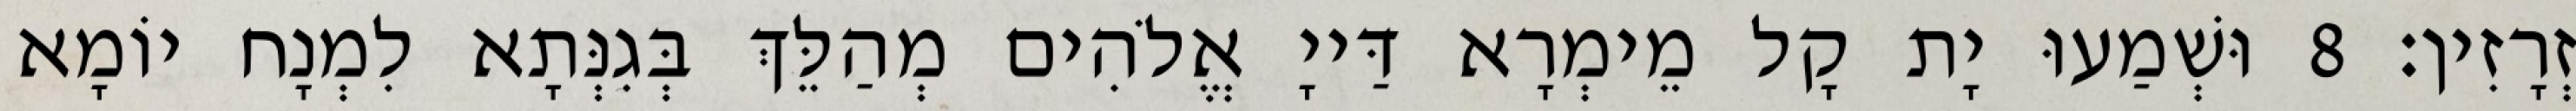
זְרָזִין׃ 8 וּשְׁמַעוּ יָת קָל מֵימְרָא דַּייָ אֱלֹהִים מְהַלֵּךְ בְּגִנְּתָא לִמְנָח יוֹמָא